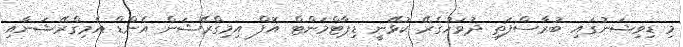
މި ޑިވިޝަނުގައި ބުރާސްފަތި ދުވަހުގެރޭ ކުޅޭނީ ޑިޕާޓްމަންޓް އޮފް އިމިގްރޭޝަން އެންޑް އެމިގްރޭޝަނާއި